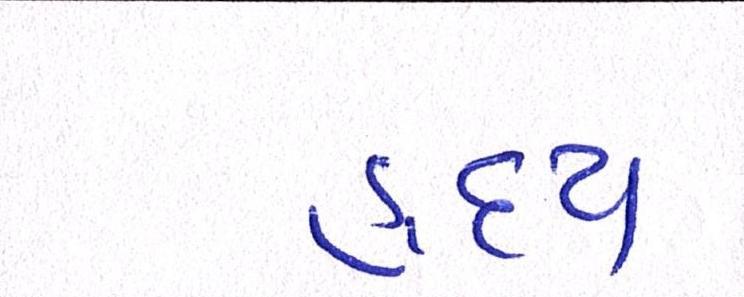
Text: હૃદય